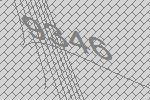
9346